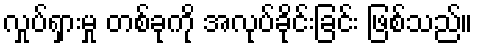
လှုပ်ရှားမှု တစ်ခုကို အလုပ်ခိုင်းခြင်း ဖြစ်သည်။